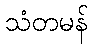
သံတမန်